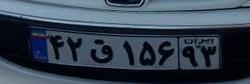
۴۲ق۱۵۶۹۳